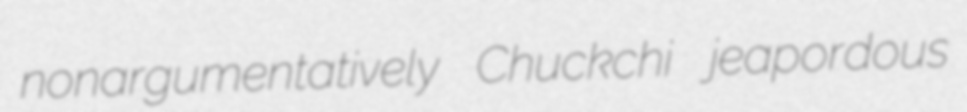
nonargumentatively Chuckchi jeapordous